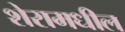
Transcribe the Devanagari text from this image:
शेरामधील